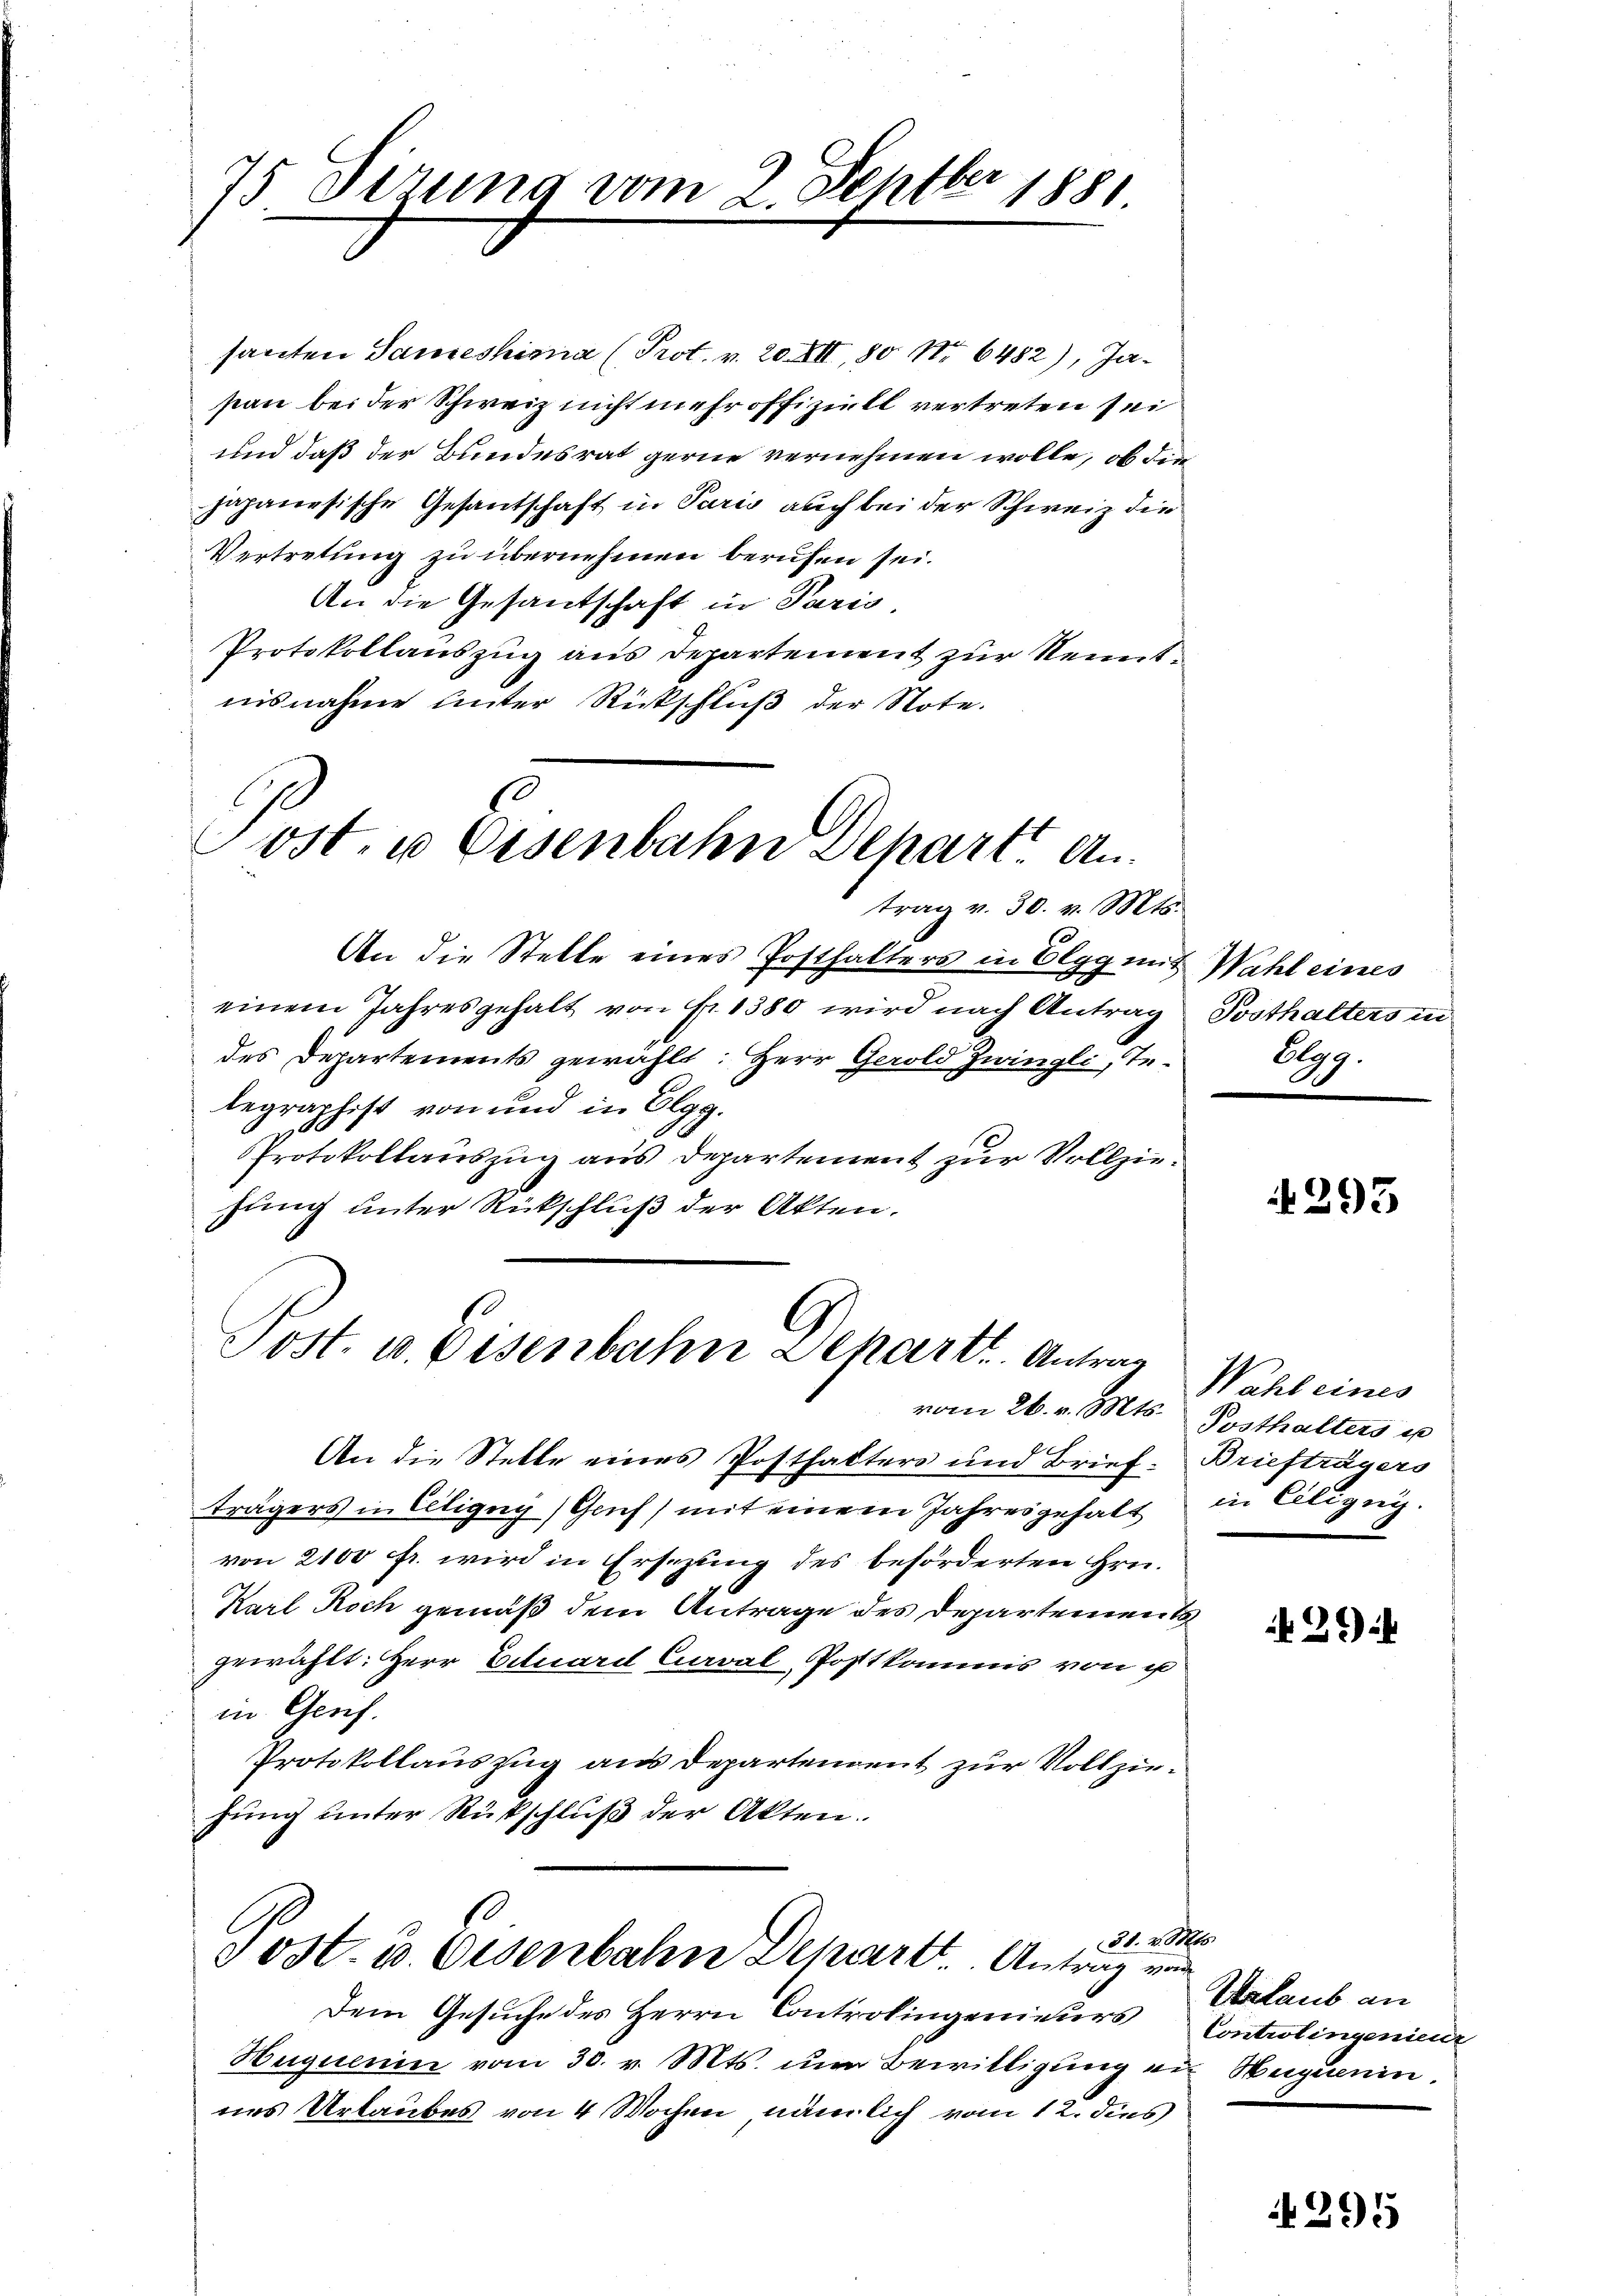
75 dirung vom 2. Septber 1881

santen Sammeshira (Prot. v. 20. XII, 80 No 6482), Jasan bei der Schweiz nicht mehr offiziell vertreten sei
und daß der Bundesrat gerne vernehmen wolle, ob die
japanesische Gesantschaft in Paris auch bei der Schweiz die
Vertretung zu übernehmen berufen sei.
An die Gesandschaft in Paris,
Protokollauszug aus Departement zur Nenntnisnahme unter Rückschluß der Note.

Post- u Eisenbahn Departe An
trag v. 30. v. Mts.

Post. u. Eisenbahn Depart. Antrag

An die Stelle eines Posthalters in Elgg mit Wahl eines
einem Jahresgehalt von Fr. 1380 wird nach Antrag
des Departements gewählt: Herr Gerold Zwingli, Te-
legraphist von und in Elgg.
Protokollauszug aus Departement zur Vollziehung unter Rückschluß der Akten.

S. 20
Jost. u. Eisenbahn Depart Antrag von

An die Stelle eines Posthalters und Brief. Briefträgers
trägers in Ciligug (Gruf) mit einem Jahresgehalt
von 2100 fr. wird in Ersezung des beförderten Hrn.
Karl Koch gemäß dem Antrage des Departement
gewählt: Herr Eduard Caval-Posttkommis von u
in Genf.
Protokollauszug aus Departement zur Vollziefung unter Rückschluß der Akten.

Dem Gesuche des Herrn Controlingenieurs
Heguenin vom 30. v. Mts. um Bewilligung ein Huguenin.
nes Urlaubes von 4 Wochen, nämlich vom 12. dies

Posthalters in
Algg.

4293

Wahl eines
vom 26. v. Mts. Posthalters u
in Eilignis.

29)

M
Urlaub an
Controlingenieur

295